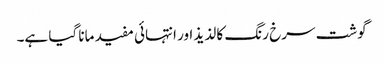
گوشت سرخ رنگ کا لذیذ اور انتہائی مفید مانا گیا ہے۔